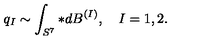
q _ { I } \sim \int _ { S ^ { 7 } } * d B ^ { ( I ) } , \quad I = 1 , 2 .